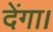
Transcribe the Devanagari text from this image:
देंगा।